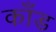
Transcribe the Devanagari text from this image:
कॉंड